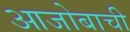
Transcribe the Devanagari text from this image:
आजोबाची